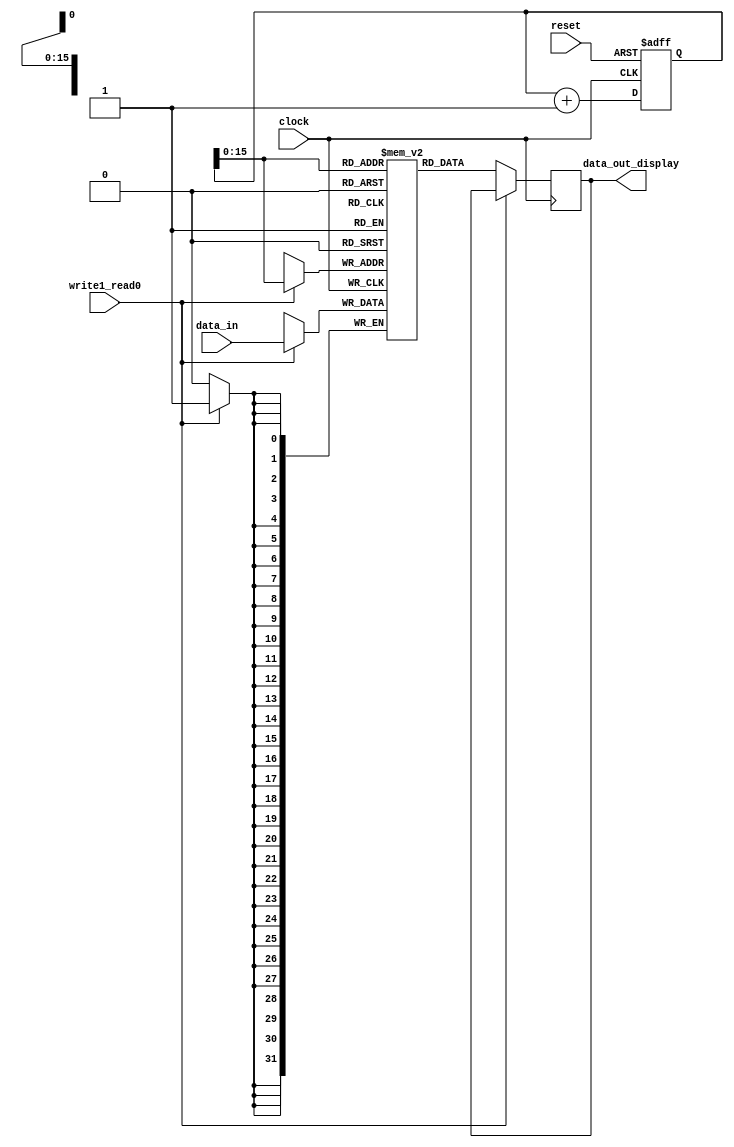
module ram
(
	clock,
	reset,
	write1_read0,
	data_in,
	data_out_display,

);

parameter data_size = 32;

input clock, reset, write1_read0;
input [data_size-1:0]data_in;

output reg [data_size-1:0]data_out_display;

reg [16:0]address; // address_for_bit;
reg [data_size-1:0]register[65535:0];

always@(posedge clock or negedge reset)
begin
	if(!reset)
	begin
		address <= 0;
	end
	else
	begin
		address = address + 1;
	end
end


always@(posedge clock)
begin
	if(write1_read0) //write
		register[address] <= data_in;
	else	//read
		data_out_display <= register[address];
end

endmodule